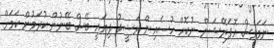
ނަމަވެސް އޮޕަރޭޝަން ނުކޮށް ހުސެއިން ރަޝީދު ދިޔައީ ބޭސް ބޭނުން ކުރަމުން ކަމަށް